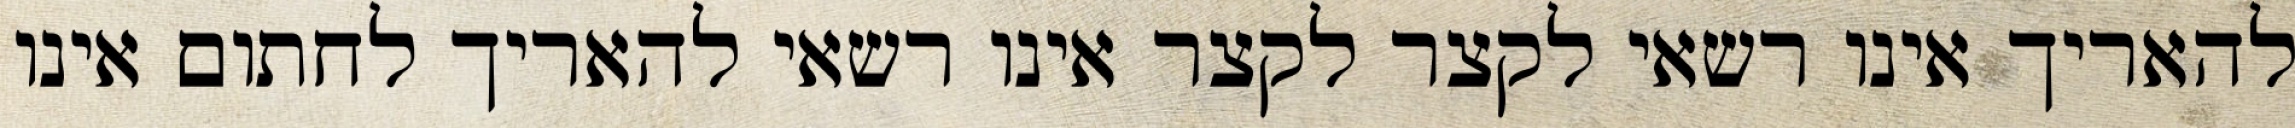
להאריך אינו רשאי לקצר לקצר אינו רשאי להאריך לחתום אינו